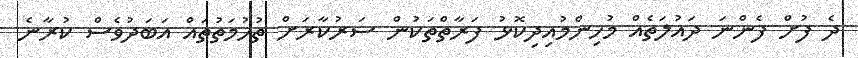
ދެ ފުށް ފެންނަ ދައުލަތެއް މުހިންމުއިދިކޮޅު ފަރާތްތަކުން ސަރުކާރަށް ތުހުމަތުތައް އަބަދުވެސް ކުރާނެ